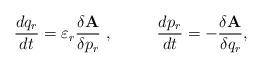
LaTeX: \begin{align*}{d{q_r}\over dt}= \varepsilon_r {\delta {\bf A}\over\delta p_r}~, ~~~~~~~~{d{p_r}\over dt}= - {\delta {\bf A}\over \delta q_r},\end{align*}